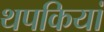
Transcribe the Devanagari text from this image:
थपकियां